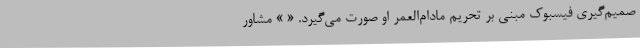
صمیم‌گیری فیسبوک مبنی بر تحریم مادام‌العمر او صورت می‌گیرد. « » مشاور